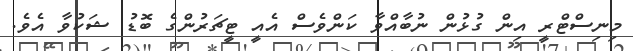
މިނިސްޓްރީ އިން ގުޅުން ނުބާއްވާ ކަންވެސް އެއީ ޓީޗަރުންގެ ބޮޑު ޝަކުވާ އެވެ.